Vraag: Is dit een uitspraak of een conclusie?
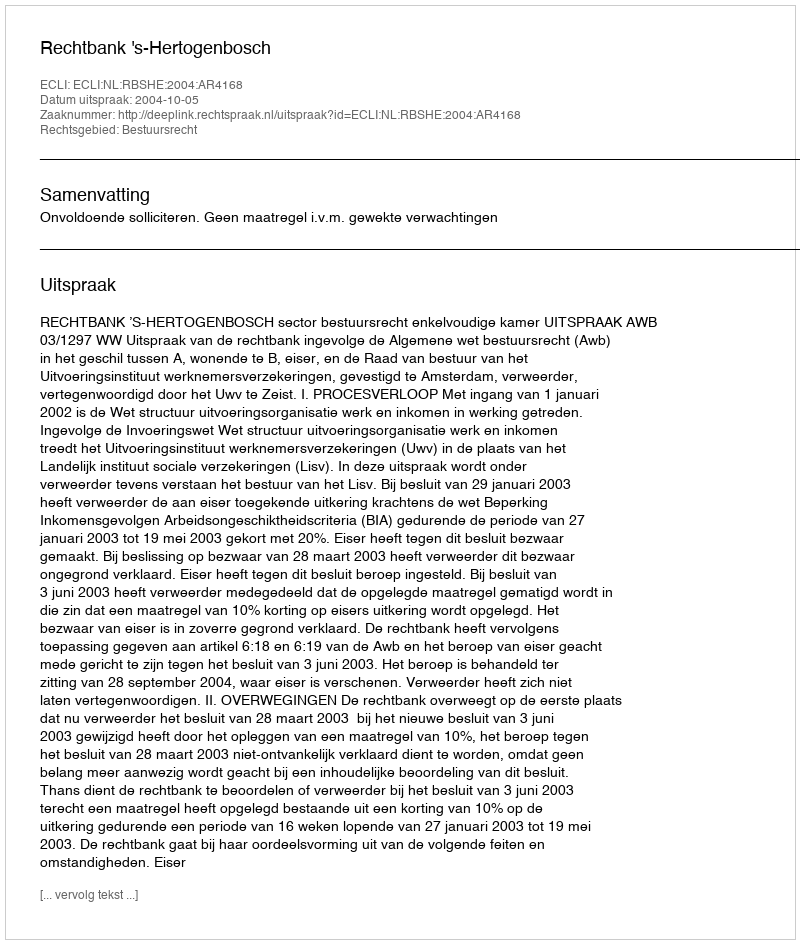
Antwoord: Uitspraak